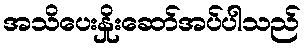
အသိပေးနှိုးဆော်အပ်ပါသည်